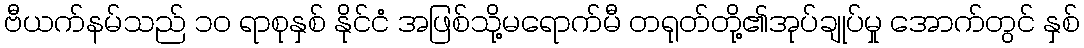
ဗီယက်နမ်သည် ၁၀ ရာစုနှစ် နိုင်ငံ အဖြစ်သို့မရောက်မီ တရုတ်တို့၏အုပ်ချုပ်မှု အောက်တွင် နှစ်